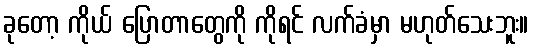
ခုတော့ ကိုယ် ပြောတာတွေကို ကိုရင် လက်ခံမှာ မဟုတ်သေးဘူး။